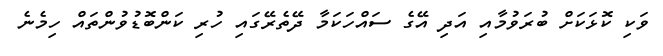
ވަކި ކޮޅަކަށް ބުރަވުމާއި އަދި އޭގެ ސައްހަކަމާ ދޭތެރޭގައި ހުރި ކަންބޮޑުވުންތައް ހިމެނެ